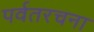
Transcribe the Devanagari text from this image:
पर्वतरचना